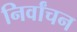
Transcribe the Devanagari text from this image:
निर्वांचन